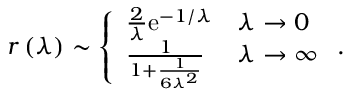
r \left( \lambda \right) \sim \left\{ \begin{array} { l l } { \frac { 2 } { \lambda } \mathrm { e } ^ { - 1 / \lambda } } & { \lambda \to 0 } \\ { \frac { 1 } { 1 + \frac { 1 } { 6 \lambda ^ { 2 } } } } & { \lambda \to \infty } \end{array} \right. .